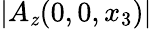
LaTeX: |A_{\mathit{z}}(0,0,x_{3})|